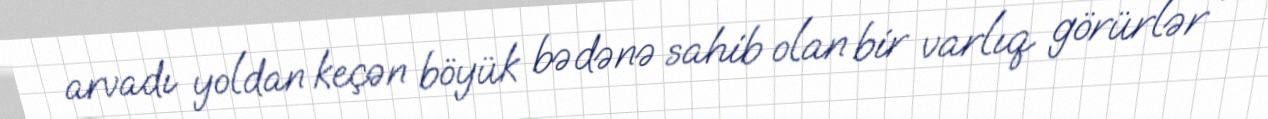
arvadı yoldan keçən böyük bədənə sahib olan bir varlıq görürlər .